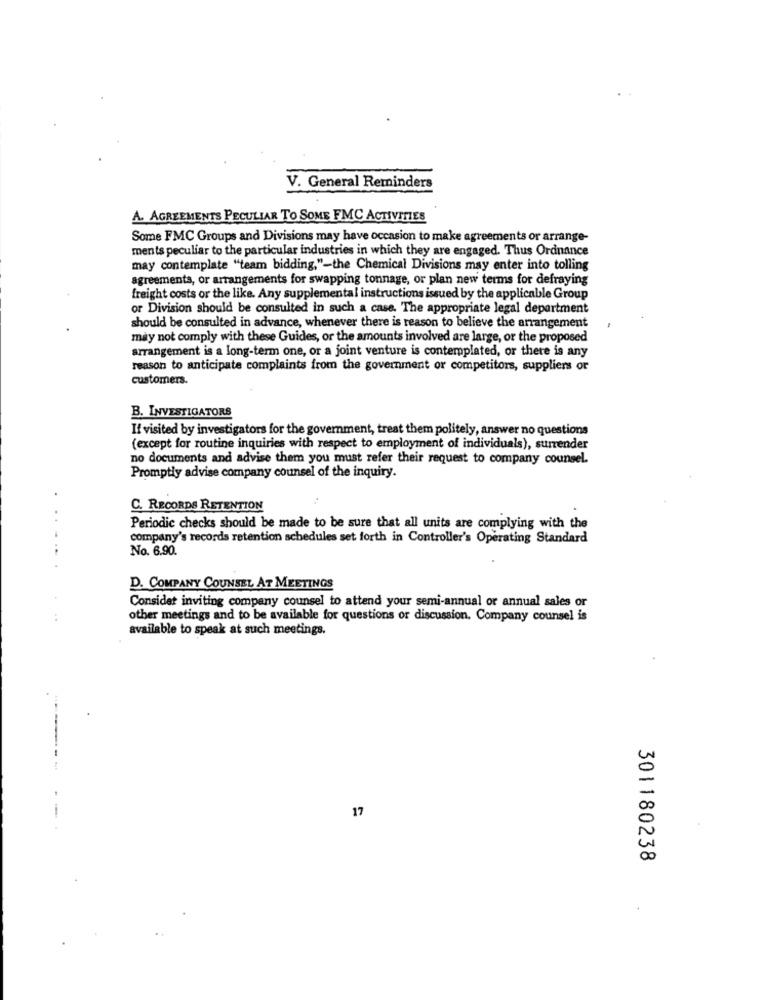
V. General Reminders
A. AGREEMENTS PECULIAR TO SOME FMC ACTIVITIES
Some FMC Groups and Divisions may have occasion to make agreements or arrange-
ments peculiar to the particular industries in which they are engaged. Thus Ordnance
may contemplate "team bidding,"-the Chemical Divisions may enter into tolling
agreements, or arrangements for swapping tonnage, or plan new terms for defraying
freight costs or the like. Any supplemental instructions issued by the applicable Group
or Division should be consulted in such a case. The appropriate legal department
should be consulted in advance, whenever there is reason to believe the arrangement
may not comply with these Guides, or the amounts involved are large, or the proposed
arrangement is a long-term one, or a joint venture is contemplated, or there is any
reason to anticipate complaints from the government or competitors, suppliers or
customers.
B. INVESTIGATORS
If visited by investigators for the government, treat them politely, answer no questions
(except for routine inquiries with respect to employment of individuals), surrender
no documents and advise them you must refer their request to company counsel.
Promptly advise company counsel of the inquiry.
C. RECORDS RETENTION
..
Periodic checks should be made to be sure that all units are complying with the
company's records retention schedules set forth in Controller's Operating Standard
No. 6.90.
D. COMPANY COUNSEL AT MEETINGS
Consider inviting company counsel to attend your semi-annual or annual sales or
other meetings and to be available for questions or discussion. Company counsel is
available to speak at such meetings.
17
301180238